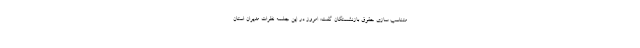
متناسب سازی حقوق بازنشستگان گفت: امروز در این جلسه نظرات مدیران استان